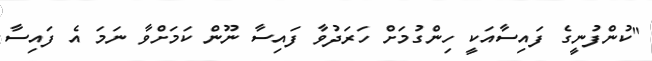
"ކުންފުނީގެ ފައިސާއަކީ ހިންގުމަށް ހަރަދުވާ ފައިސާ ނޫން ކަމަށްވާ ނަމަ އެ ފައިސާ